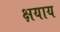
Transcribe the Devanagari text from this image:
क्षयाय